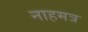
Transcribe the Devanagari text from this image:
नाहमत्र